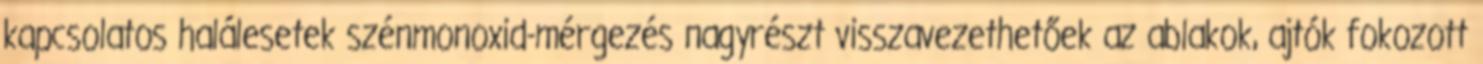
kapcsolatos halálesetek szénmonoxid-mérgezés nagyrészt visszavezethetőek az ablakok, ajtók fokozott